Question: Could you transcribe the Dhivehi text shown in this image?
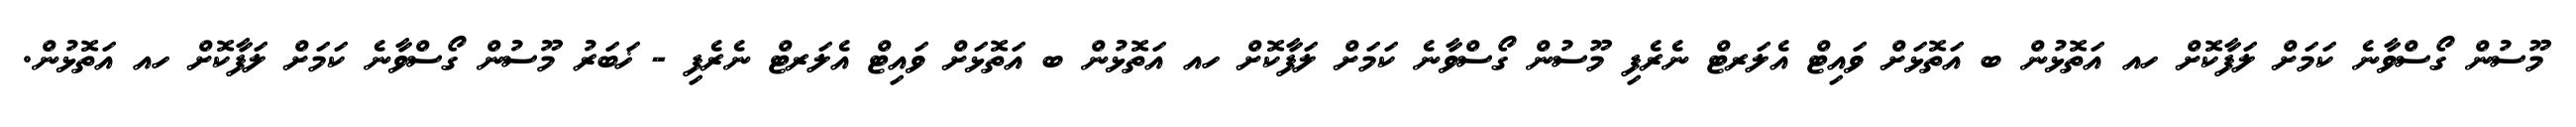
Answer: މޫސުން ގޯސްވާނެ ކަމަށް ލަފާކޮށް ހއ އަތޮޅުން ބ އަތޮޅަށް ވައިޓް އެލަރޓް ނެރެފި މޫސުން ގޯސްވާނެ ކަމަށް ލަފާކޮށް ހއ އަތޮޅުން ބ އަތޮޅަށް ވައިޓް އެލަރޓް ނެރެފި - ޚަބަރު މޫސުން ގޯސްވާނެ ކަމަށް ލަފާކޮށް ހއ އަތޮޅުން.